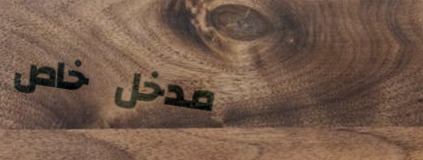
مدخل خاص